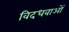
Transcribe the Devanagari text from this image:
विदधवाओं